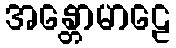
အန္တောမာဠေ